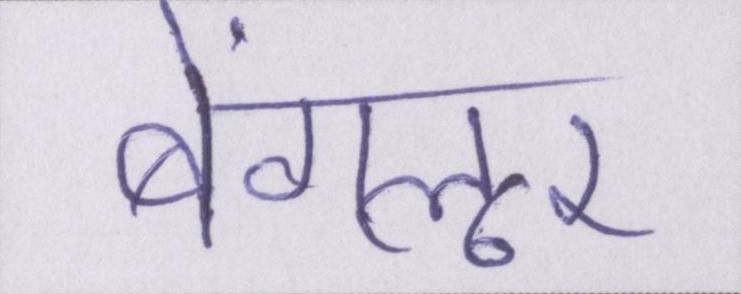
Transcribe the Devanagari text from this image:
बेंगलूर